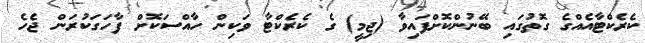
ކެރެކްޓާއެއްގެ ގޮތުގައި ބޭނުންކޮށްފައިވާ (ޖިމީ) ގެ ކެރެކްޓާ ވަކިން ހާއްސަކޮށް ފާހަގަކުރަން ޖެހެ